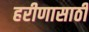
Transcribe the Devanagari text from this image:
हरीणासाठी